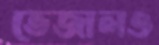
ভেজালও